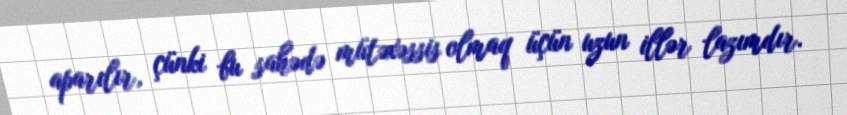
aparılır, çünki bu sahədə mütəxəssis olmaq üçün uzun illər lazımdır.